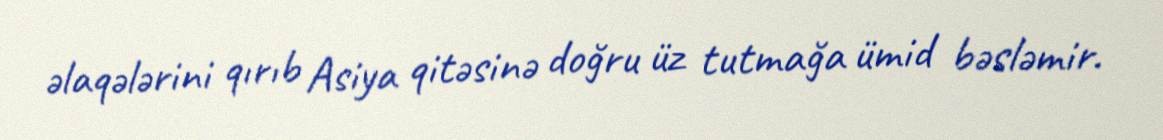
əlaqələrini qırıb Asiya qitəsinə doğru üz tutmağa ümid bəsləmir.